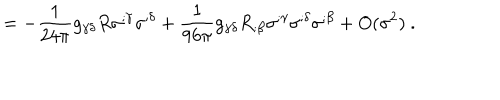
~ ~ ~ = - \frac { 1 } { 2 4 \pi } g _ { \gamma \delta } R \sigma ^ { ; \gamma } \sigma ^ { ; \delta } + \frac { 1 } { 9 6 \pi } g _ { \gamma \delta } R _ { ; \beta } \sigma ^ { ; \gamma } \sigma ^ { ; \delta } \sigma ^ { ; \beta } + O ( \sigma ^ { 2 } ) ~ .